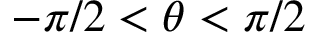
- \pi / 2 < \theta < \pi / 2